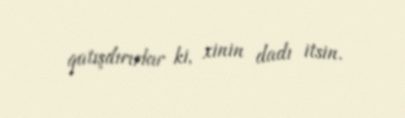
qatışdırırlar ki, xinin dadı itsin.